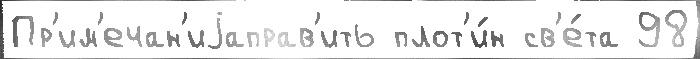
Пр'им'ечан'иjаправ'ить плот'и́н св'е́та 98